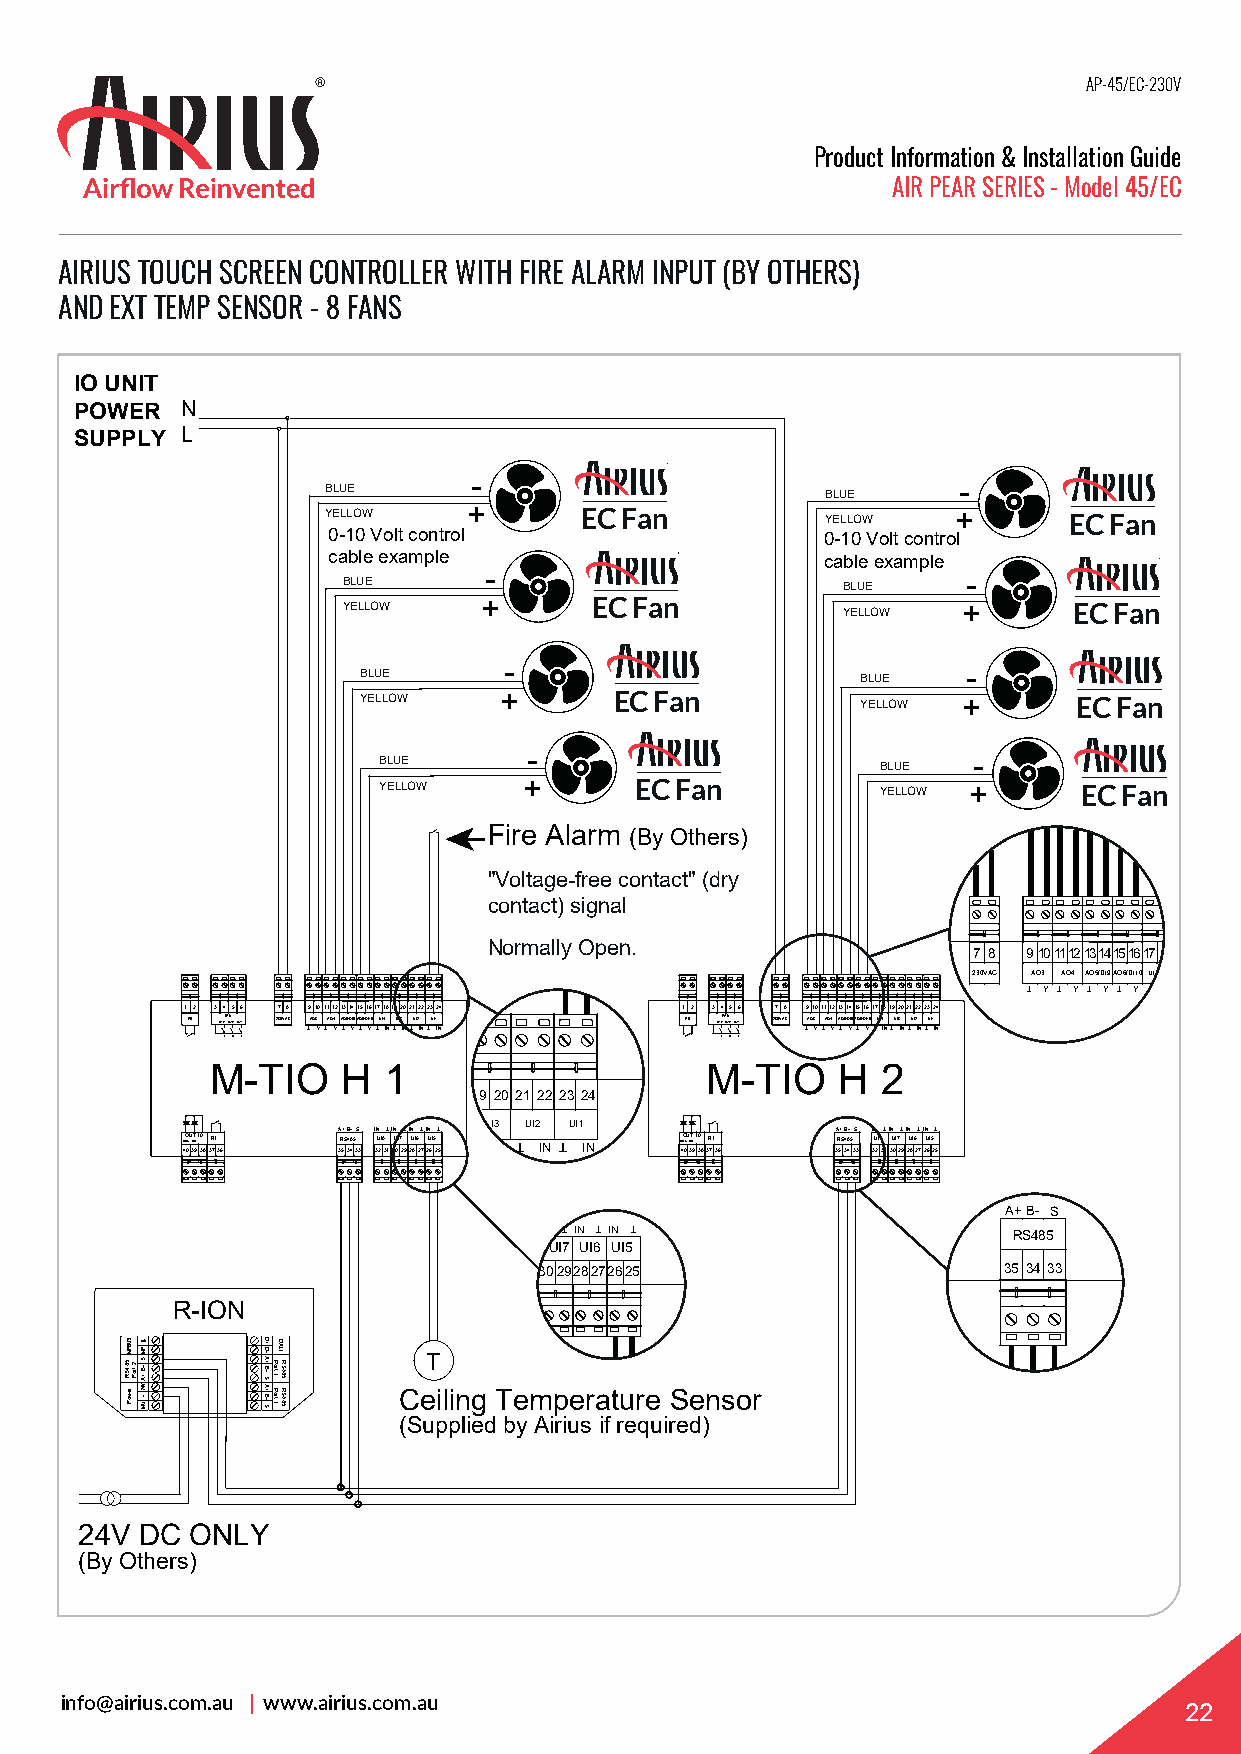
AP-45/EC-230V
 Product Information & Installation Guide
 AIR PEAR SERIES - Model 45/EC
 AIRIUS TOUCH SCREEN CONTROLLER WITH FIRE ALARM INPUT (BY OTHERS)
 AND EXT TEMP SENSOR - 8 FANS
 IO UNIT
 POWER  N
 SUPPLY L
 -                               -
 BLUE                             BLUE
 YELLOW   +      EC Fan           YELLOW  +       EC Fan
 0-10 Volt control               0-10 Volt control
 cable example                   cable example
 -                               -
 BLUE                             BLUE
 YELLOW   +      EC Fan           YELLOW  +      EC Fan
 BLUE     -                       BLUE   -
 YELLOW   +       EC Fan          YELLOW +      EC Fan
 BLUE      -                      BLUE  -
 YELLOW    +      EC Fan          YELLOW +      EC Fan
 Fire Alarm (By Others)
 "Voltage-free contact" (dry
 contact) signal
 Normally Open.
 7 8 91011121314151617
 230VAC AO3 AO4 AO5/DI9AO6/DI10UI
 T Y T Y T Y T Y
 12 3456 78 9101112131415161718192021222324 12 3456 78 9101112131415161718192021222324
 R9 R19FA RN 20R21 230VAC TAO3 YTAO4 YA TO5/D YI9A TO6/D YI10 TUI4 INTUI3 INTUI2 INTUI1 IN R9 R19FA RN 20R21 230VAC TAO3 YTAO4 YA TO5/D YI9A TO6/D YI10 TUI4 INTUI3 INTUI2 INTUI1 IN
 L M H                            L M H
 M-TIO    H 1                     M-TIO   H  2
 9 20 21 22 23 24
 I3 UI2 UI1
 A+B-S INTINTINTINT               A+B-S INTINTINTINT
 DOO 8U DT O 710 R1 RS485 UI8 UI7 UI6 UI5 T IN T IN DOO 8U DT O 710 R1 RS485 UI8 UI7 UI6 UI5
 4039383736 353433 3231302928272625 4039383736 353433 3231302928272625
 A+B- S
 TIN TIN T                     RS485
 UI7 UI6 UI5
 302928272625                  35 34 33
 R-ION
 T
 Ceiling Temperature Sensor
 (Supplied by Airius if required)
 24V DC  ONLY
 (By Others)
 info@airius.com.au | www.airius.com.au
 22
 SUBPM5
 28 4 trS oR P
 rewoP
 PMS-B+AV42-UM
 D+D-A+B-SA+B-S DALI
 RPo Sr 4t 81 5
 RPo Sr 4t 81 5